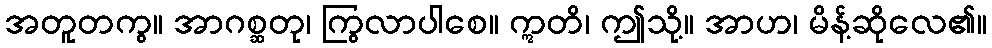
အတူတကွ။ အာဂစ္ဆတု၊ ကြွလာပါစေ။ ဣတိ၊ ဤသို့။ အာဟ၊ မိန့်ဆိုလေ၏။